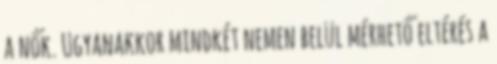
a nők. Ugyanakkor mindkét nemen belül mérhető eltérés a